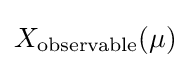
X_{\rm {observable}}(\mu )